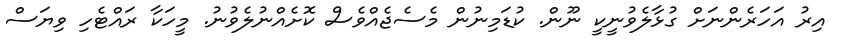
އިރު އަހަރެންނަށް ގުޅާލެވުނީކީ ނޫން. ކުޑަމިނުން މެސެޖެއްވެސް ކޮށެއްނުލެވުނު. މީހަކާ ރައްޓެހި ވިޔަސް